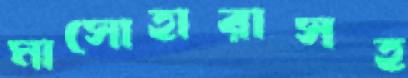
মাসোহারাসহ